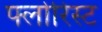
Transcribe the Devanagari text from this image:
फ्लोरिस्ट